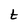
Character: t